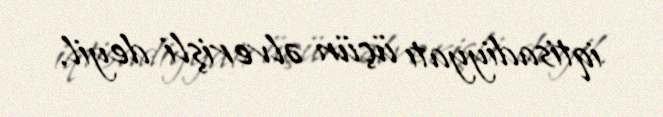
iqtisadiyyatı üçün əlverişli deyil.